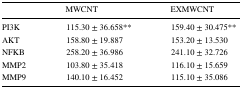
|  | MWCNT | EXMWCNT |
 | --- | --- | --- |
 | PI3K | 115.30 ± 36.658** | 159.40 ± 30.475** |
 | AKT | 158.80 ± 19.887 | 153.20 ± 13.530 |
 | NFKB | 258.20 ± 36.986 | 241.10 ± 32.726 |
 | MMP2 | 103.80 ± 35.418 | 116.10 ± 15.659 |
 | MMP9 | 140.10 ± 16.452 | 115.10 ± 35.086 |